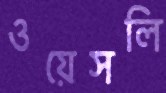
ওয়েসলি